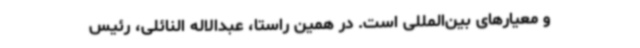
و معیارهای بین‌المللی است. در همین راستا، عبدالاله النائلی، رئیس